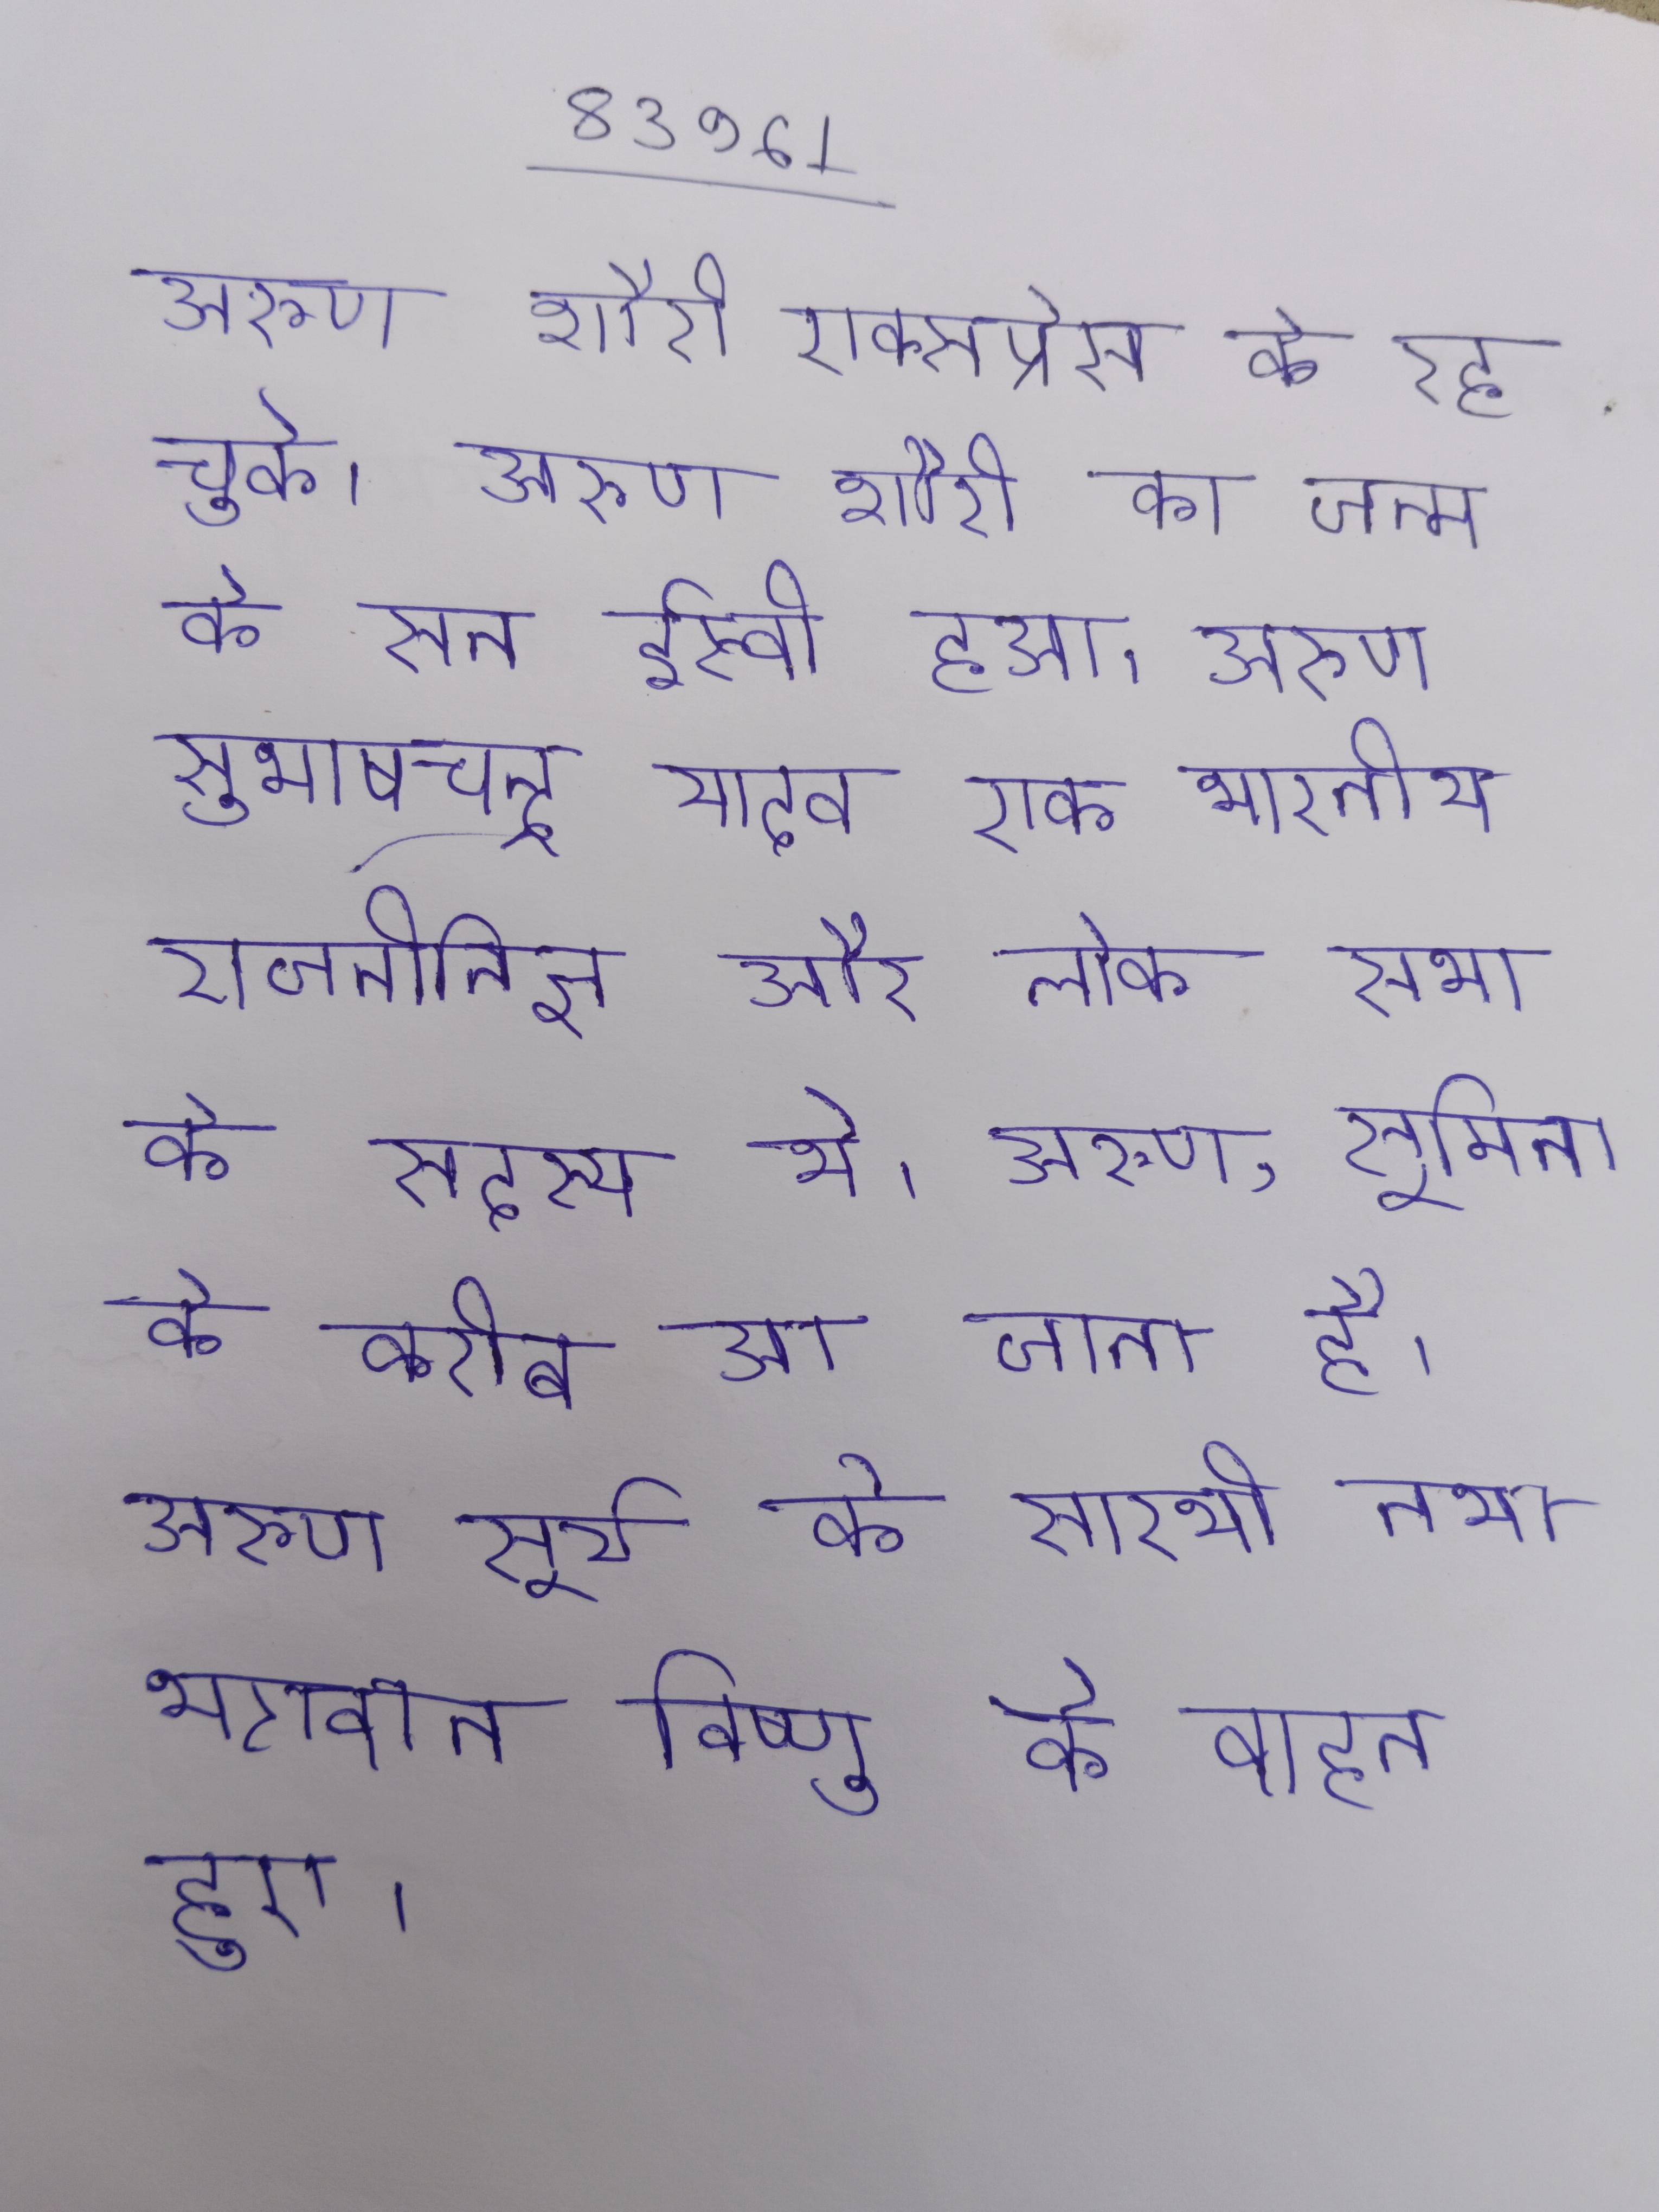
अरुण शौरी एक्सप्रेस के रह चुके । अरुण शौरी का जन्म के सन ईस्वी हुआ । अरुण सुभाषचन्द्र यादव एक भारतीय राजनीतिज्ञ और लोक सभा के सदस्य थे । अरुण, सुमिता के करीब आ जाता है । अरुण सूर्य के सारथी तथा भगवान विष्णु के वाहन हुए ।